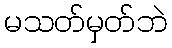
မသတ်မှတ်ဘဲ